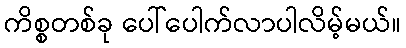
ကိစ္စတစ်ခု ပေါ်ပေါက်လာပါလိမ့်မယ်။